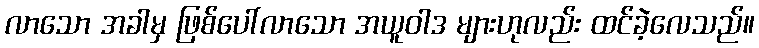
လာသော အခါမှ ဖြစ်ပေါ်လာသော အယူဝါဒ များဟုလည်း ထင်ခဲ့လေသည်။